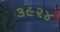
૩૯૨૪